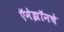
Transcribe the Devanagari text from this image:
ऍमेझॉनचे